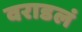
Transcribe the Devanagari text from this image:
वराडलं